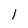
Character: 1